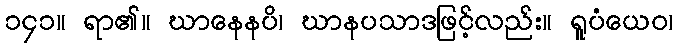
၁၄၁။ ရာ၏။ ဃာနေနပိ၊ ဃာနပသာဒဖြင့်လည်း။ ရူပံယေဝ၊